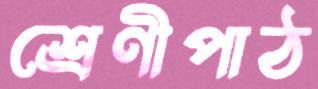
শ্রেণীপাঠ